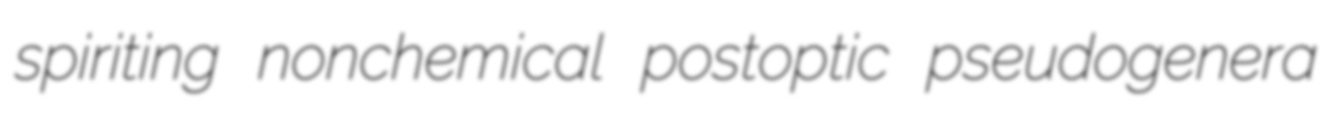
spiriting nonchemical postoptic pseudogenera